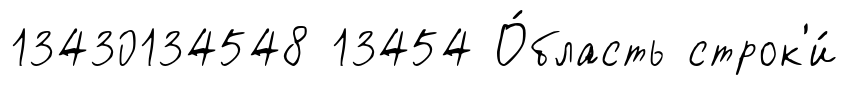
13430134548 13454 О́бласть строк'и́